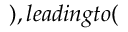
) , l e a d i n g t o (